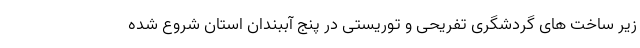
زیر ساخت های گردشگری تفریحی و توریستی در پنج آببندان استان شروع شده